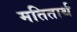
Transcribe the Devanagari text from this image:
मतितार्थ